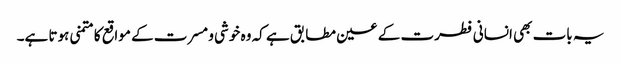
یہ بات بھی انسانی فطرت کے عین مطابق ہے کہ وہ خوشی و مسرت کے مواقع کا متمنی ہوتا ہے۔